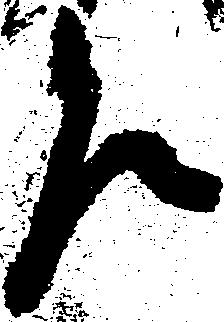
乍